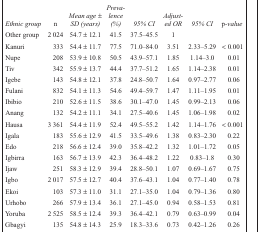
<table><thead><tr><td><b><i>Ethnic group</i></b></td><td><b><i>n</i></b></td><td><b><i>Mean age ± SD (years)</i></b></td><td><b><i>Prevalence (%)</i></b></td><td><b><i>95% CI</i></b></td><td><b><i>Adjusted OR</i></b></td><td><b><i>95% CI</i></b></td><td><b>p<i>-value</i></b></td></tr></thead><tbody><tr><td>Other group</td><td>2 024</td><td>54.7 ± 12.1</td><td>41.5</td><td>37.5–45.5</td><td>1</td><td></td><td></td></tr><tr><td>Kanuri</td><td>333</td><td>54.4 ± 11.7</td><td>77.5</td><td>71.0–84.0</td><td>3.51</td><td>2.33–5.29</td><td>&lt; 0.001</td></tr><tr><td>Nupe</td><td>208</td><td>53.9 ± 10.8</td><td>50.5</td><td>43.9–57.1</td><td>1.85</td><td>1.14–3.0</td><td>0.01</td></tr><tr><td>Tiv</td><td>342</td><td>55.9 ± 13.7</td><td>44.4</td><td>37.7–51.2</td><td>1.65</td><td>1.14–2.38</td><td>0.01</td></tr><tr><td>Igebe</td><td>143</td><td>54.8 ± 12.1</td><td>37.8</td><td>24.8–50.7</td><td>1.64</td><td>0.97–2.77</td><td>0.06</td></tr><tr><td>Fulani</td><td>832</td><td>54.1 ± 11.3</td><td>54.6</td><td>49.4–59.7</td><td>1.47</td><td>1.11–1.95</td><td>0.01</td></tr><tr><td>Ibibio</td><td>210</td><td>52.6 ± 11.5</td><td>38.6</td><td>30.1–47.0</td><td>1.45</td><td>0.99–2.13</td><td>0.06</td></tr><tr><td>Anang</td><td>132</td><td>54.2 ± 11.1</td><td>34.1</td><td>27.5–40.6</td><td>1.45</td><td>1.06–1.98</td><td>0.02</td></tr><tr><td>Hausa</td><td>3 361</td><td>54.4 ± 11.9</td><td>52.4</td><td>49.5–55.2</td><td>1.42</td><td>1.14–1.76</td><td>&lt; 0.001</td></tr><tr><td>Igala</td><td>183</td><td>55.6 ± 12.9</td><td>41.5</td><td>33.5–49.6</td><td>1.38</td><td>0.83–2.30</td><td>0.22</td></tr><tr><td>Edo</td><td>218</td><td>56.6 ± 12.4</td><td>39.0</td><td>35.8–42.2</td><td>1.32</td><td>1.01–1.72</td><td>0.05</td></tr><tr><td>Igbirra</td><td>163</td><td>56.7 ± 13.9</td><td>42.3</td><td>36.4–48.2</td><td>1.22</td><td>0.83–1.8</td><td>0.30</td></tr><tr><td>Ijaw</td><td>251</td><td>58.3 ± 12.9</td><td>39.4</td><td>28.8–50.1</td><td>1.07</td><td>0.69–1.67</td><td>0.75</td></tr><tr><td>Igbo</td><td>2 017</td><td>57.5 ± 12.7</td><td>40.4</td><td>37.6–43.1</td><td>1.04</td><td>0.77–1.40</td><td>0.78</td></tr><tr><td>Ekoi</td><td>103</td><td>57.3 ± 11.0</td><td>31.1</td><td>27.1–35.0</td><td>1.04</td><td>0.79–1.36</td><td>0.80</td></tr><tr><td>Urhobo</td><td>266</td><td>57.9 ± 13.4</td><td>36.1</td><td>27.1–45.0</td><td>0.94</td><td>0.58–1.53</td><td>0.81</td></tr><tr><td>Yoruba</td><td>2 525</td><td>58.5 ± 12.4</td><td>39.3</td><td>36.4–42.1</td><td>0.79</td><td>0.63–0.99</td><td>0.04</td></tr><tr><td>Gbagyi</td><td>135</td><td>54.8 ± 14.3</td><td>25.9</td><td>18.3–33.6</td><td>0.73</td><td>0.42–1.26</td><td>0.26</td></tr></tbody></table>